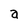
Character: a